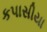
કપાસીયા